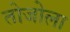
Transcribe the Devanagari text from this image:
तोजोला